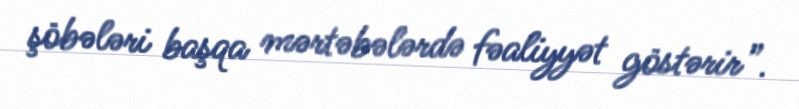
şöbələri başqa mərtəbələrdə fəaliyyət göstərir”.